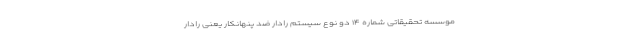
موسسه تحقیقاتی شماره ۱۴ دو نوع سیستم رادار ضد پنهانکار یعنی رادار